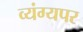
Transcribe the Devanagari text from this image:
व्यंग्यपर